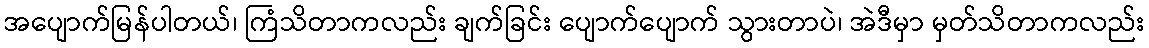
အပျောက်မြန်ပါတယ်၊ ကြံသိတာကလည်း ချက်ခြင်း ပျောက်ပျောက် သွားတာပဲ၊ အဲဒီမှာ မှတ်သိတာကလည်း